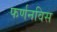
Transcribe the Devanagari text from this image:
फर्णनविस